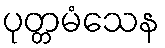
ပုတ္တမံသေန